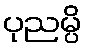
ပုညမ္ပိ